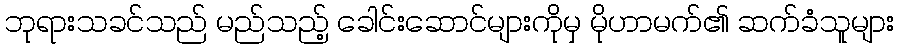
ဘုရားသခင်သည် မည်သည့် ခေါင်းဆောင်များကိုမှ မိုဟာမက်၏ ဆက်ခံသူများ